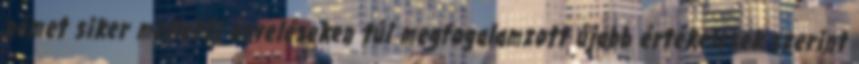
német siker melletti érveléseken túl megfogalamzott újabb értékelések szerint